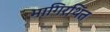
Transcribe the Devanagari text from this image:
भागिरथिंत